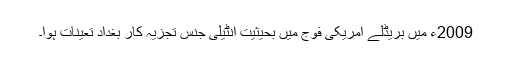
2009ء میں بریڈلے امریکی فوج میں بحیثیت انٹیلی جنس تجزیہ کار بغداد تعینات ہوا۔